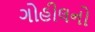
ગોહીલનો